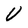
Character: U